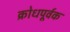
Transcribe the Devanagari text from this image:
क्रोधपूर्वक